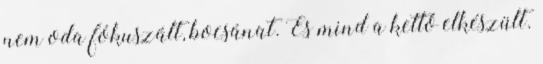
nem oda fókuszált, bocsánat. És mind a kettő elkészült.